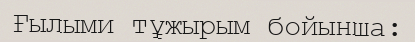
Ғылыми тұжырым бойынша: